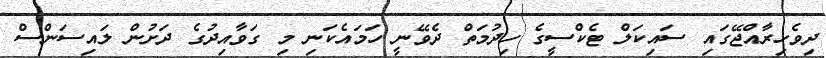
ދިވެހިރާއްޖޭގައި ސައިކަލް ޓެކްސީގެ ހިދުމަތް ދެވޭނީ ހަމައެކަނި މި ގަވާއިދުގެ ދަށުން ލައިސަންސް